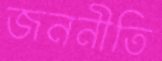
জননীতি